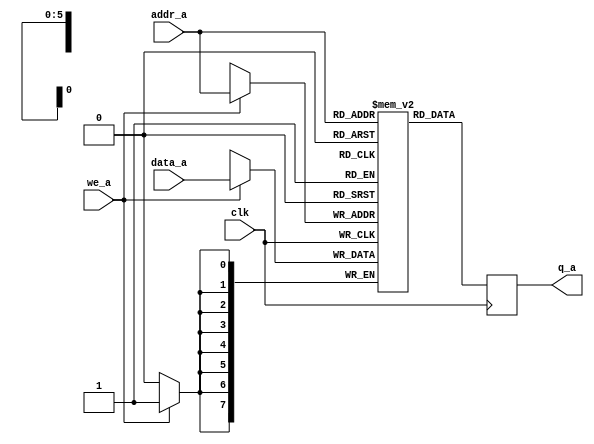
module top
(
	input [7:0] data_a,
	input [6:1] addr_a,
	input we_a, clk,
	output reg [7:0] q_a
);
	// Declare the RAM variable
	reg [7:0] ram[63:0];

	// Port A
	always @ (posedge clk)
	begin
		if (we_a)
		begin
			ram[addr_a] <= data_a;
			q_a <= data_a;
		end
		q_a <= ram[addr_a];
	end
endmodule